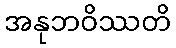
အနုဘဝိဿတိ